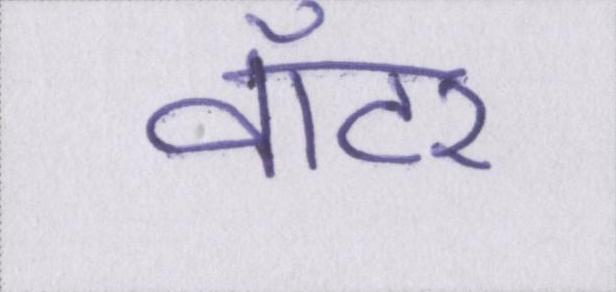
वॉटर